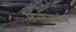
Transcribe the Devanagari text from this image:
अन्तःस्थल